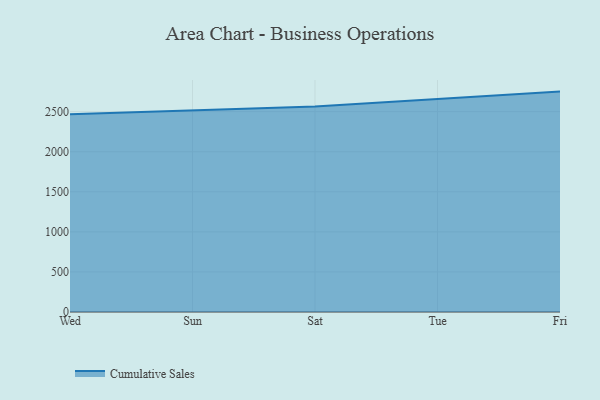
{"axis": {"x": "Day", "y": "Energy Usage (MWh)"}, "legend": ["Cumulative Sales"], "data": [{"x": "Wed", "y": 2469.1, "type": "Cumulative Sales"}, {"x": "Sun", "y": 2519.9, "type": "Cumulative Sales"}, {"x": "Sat", "y": 2563.5, "type": "Cumulative Sales"}, {"x": "Tue", "y": 2658.0, "type": "Cumulative Sales"}, {"x": "Fri", "y": 2750.3, "type": "Cumulative Sales"}]}